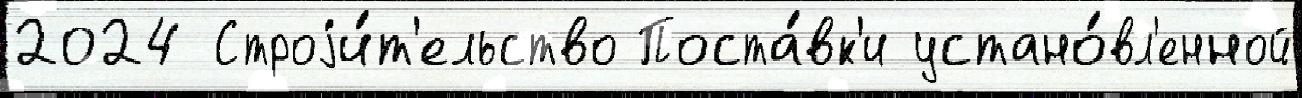
2024 Строjи́т'ельство Поста́вк'и устано́вл'енной